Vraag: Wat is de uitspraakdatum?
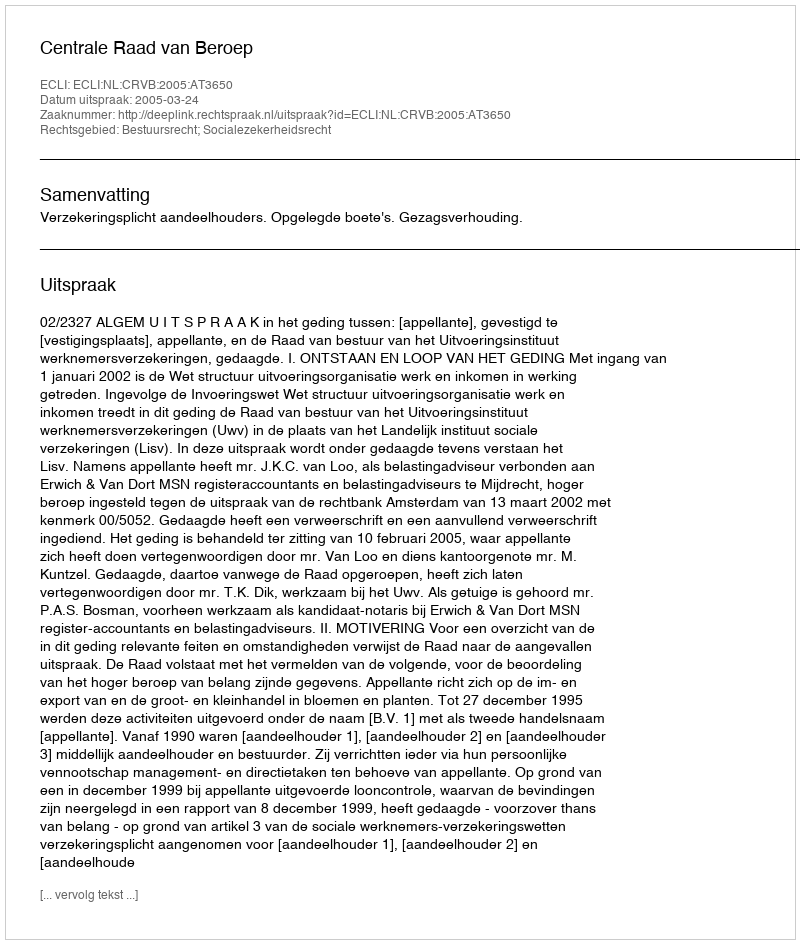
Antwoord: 2005-03-24